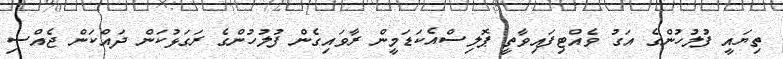
ތިޔައީ ފުލުހުންގެ އަގު ވެއްޓިފައިވާތީ ޕޮލިސްއެކަޑަމީން ރާވައިގެން ފުލުހުންގެ ރަގަޅުކަން ދައްކަން ޖެއްސި